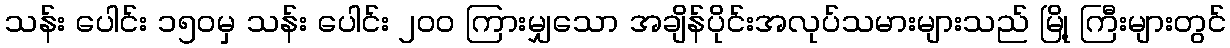
သန်း ပေါင်း ၁၅၀မှ သန်း ပေါင်း ၂၀၀ ကြားမျှသော အချိန်ပိုင်းအလုပ်သမားများသည် မြို့ ကြီးများတွင်